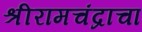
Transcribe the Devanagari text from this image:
श्रीरामचंद्राचा